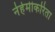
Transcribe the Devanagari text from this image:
नेहेमीकरिता